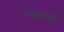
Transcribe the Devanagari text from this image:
चवली